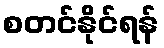
စတင်နိုင်ရန်